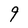
Character: 9